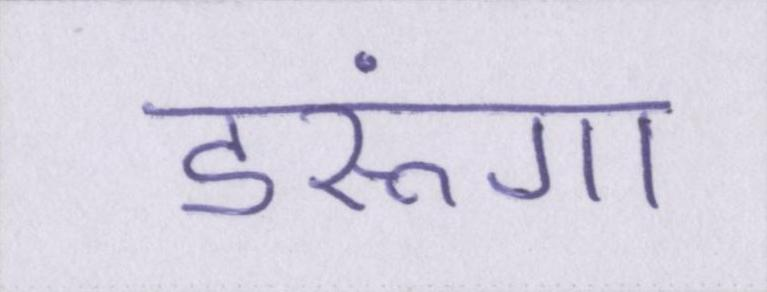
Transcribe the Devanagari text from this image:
डरूंगा